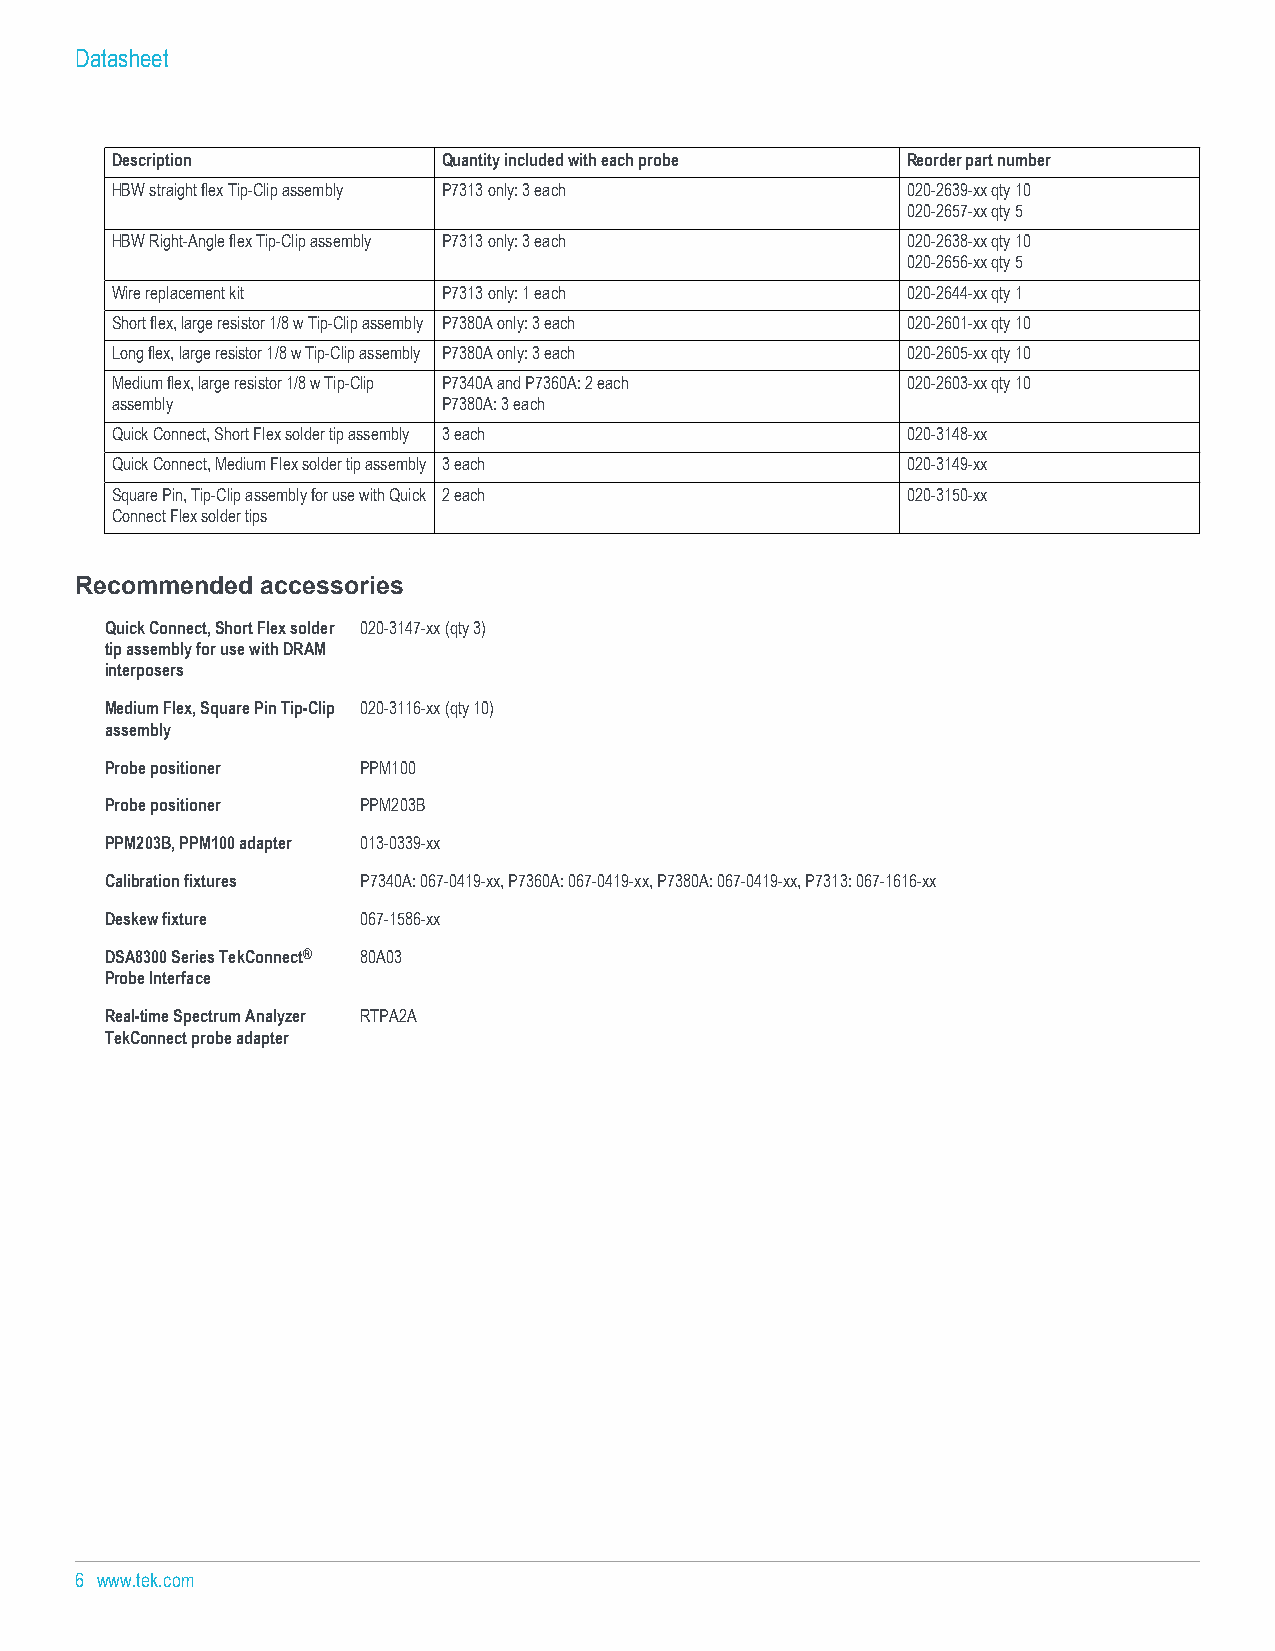
Datasheet
 Description           Quantity included with each probe Reorder part number
 HBW straight flex Tip-Clip assembly P7313 only: 3 each 020-2639-xx qty 10
 020-2657-xx qty 5
 HBW Right-Angle flex Tip-Clip assembly P7313 only: 3 each 020-2638-xx qty 10
 020-2656-xx qty 5
 Wire replacement kit  P7313 only: 1 each             020-2644-xx qty 1
 Short flex, large resistor 1/8 w Tip-Clip assembly P7380A only: 3 each 020-2601-xx qty 10
 Long flex, large resistor 1/8 w Tip-Clip assembly P7380A only: 3 each 020-2605-xx qty 10
 Medium flex, large resistor 1/8 w Tip-Clip P7340A and P7360A: 2 each 020-2603-xx qty 10
 assembly              P7380A: 3 each
 Quick Connect, Short Flex solder tip assembly 3 each 020-3148-xx
 Quick Connect, Medium Flex solder tip assembly 3 each 020-3149-xx
 Square Pin, Tip-Clip assembly for use with Quick 2 each 020-3150-xx
 Connect Flex solder tips
 Recommended accessories
 Quick Connect, Short Flex solder 020-3147-xx (qty 3)
 tip assembly for use with DRAM
 interposers
 Medium Flex, Square Pin Tip-Clip 020-3116-xx (qty 10)
 assembly
 Probe positioner PPM100
 Probe positioner PPM203B
 PPM203B, PPM100 adapter 013-0339-xx
 Calibration fixtures P7340A: 067-0419-xx, P7360A: 067-0419-xx, P7380A: 067-0419-xx, P7313: 067-1616-xx
 Deskew fixture   067-1586-xx
 DSA8300 Series TekConnect® 80A03
 Probe Interface
 Real-time Spectrum Analyzer RTPA2A
 TekConnect probe adapter
 6 www.tek.com